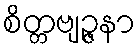
စိတ္တဗျဉ္ဇနာ